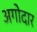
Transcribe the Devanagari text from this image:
अगोदार